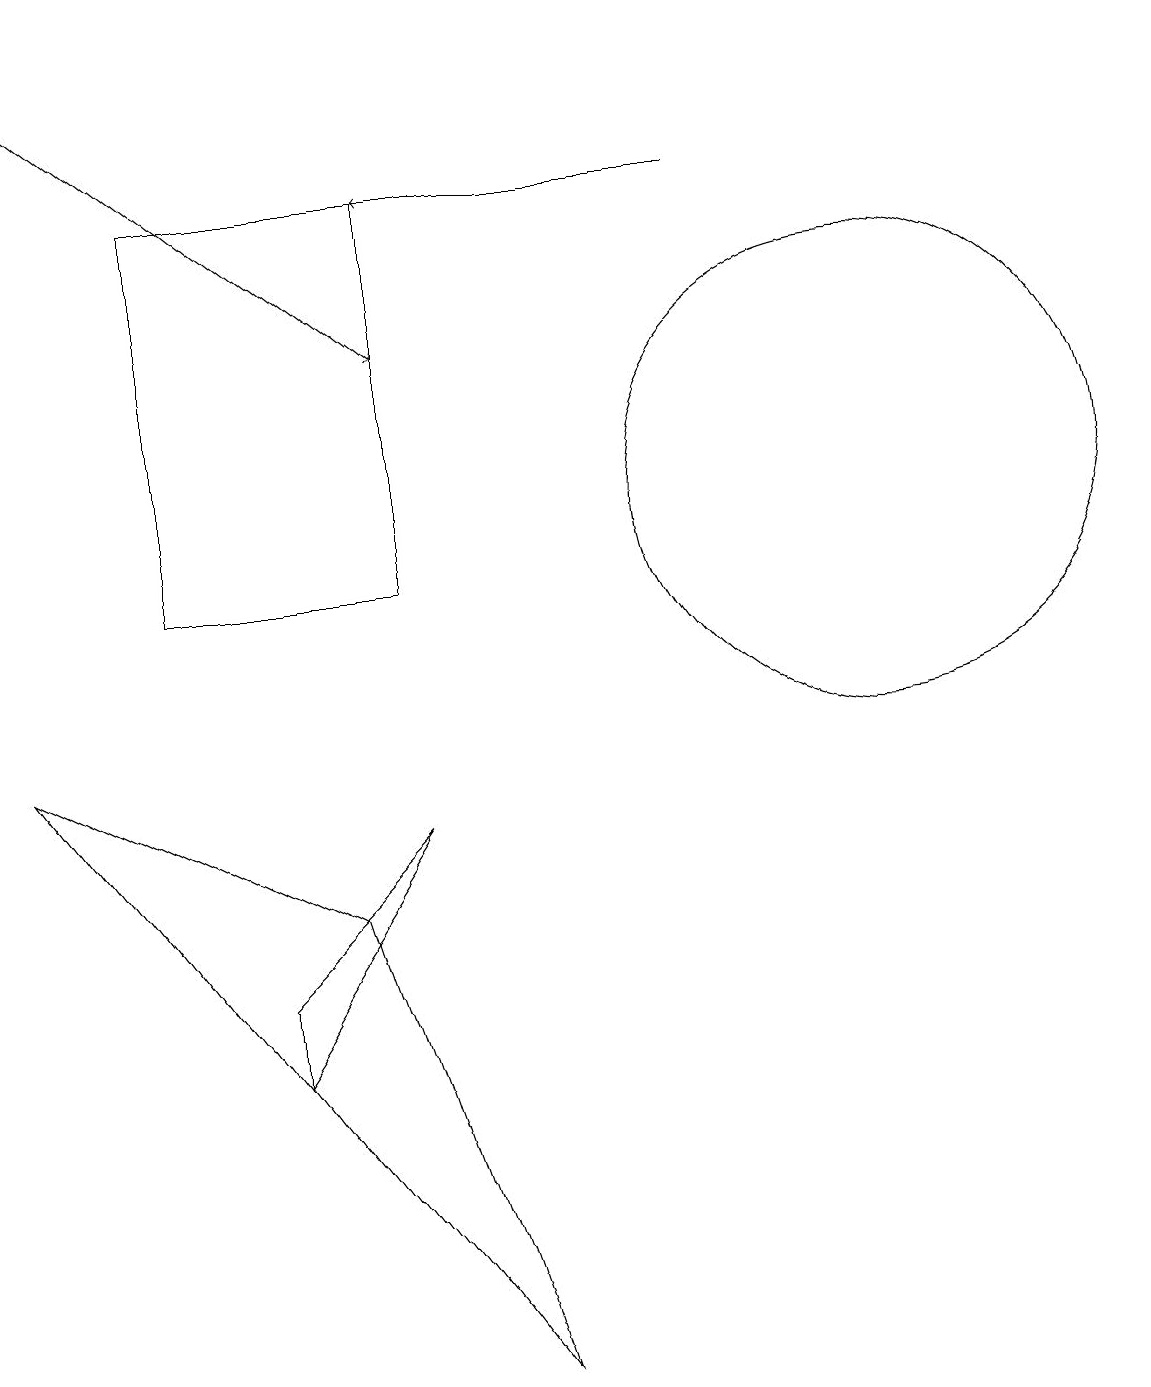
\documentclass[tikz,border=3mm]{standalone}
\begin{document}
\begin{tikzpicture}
\draw (5,15) rectangle (2,10);
\draw[->] (9,15) -- (5,15);
\draw (6,0) -- (4,6) -- (0,8) -- cycle;
\draw (5,7) -- (3,4) -- (3,5) -- cycle;
\draw (11,11) circle (3);
\draw[->] (0,17) -- (5,13);
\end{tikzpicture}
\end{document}